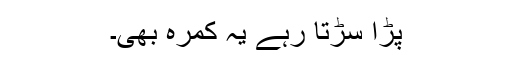
پڑا سڑتا رہے یہ کمرہ بھی۔